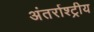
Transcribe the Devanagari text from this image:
अंतर्राश्ट्रीय